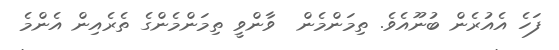
ފަހެ އެއުރެން ބުނޫއެވެ. ތިމަންމެން  ވާންވީ ތިމަންމެންގެ ތެރެއިން އެންމެ